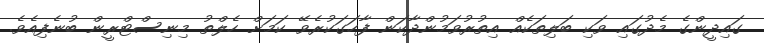
ގައިދީންގެ މެދުގައި ވަކި ބަލިތަކެއް އިތުރުވަމުންދާކަން ފާހަގަކުރެވޭ ކަމަށް ހެލްތު މިނިސްޓްރީން ބުނެފިއެވެ.